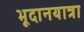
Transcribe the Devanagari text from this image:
भूदानयात्रा